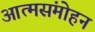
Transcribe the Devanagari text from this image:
आत्मसंमोहन